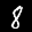
Label: 8